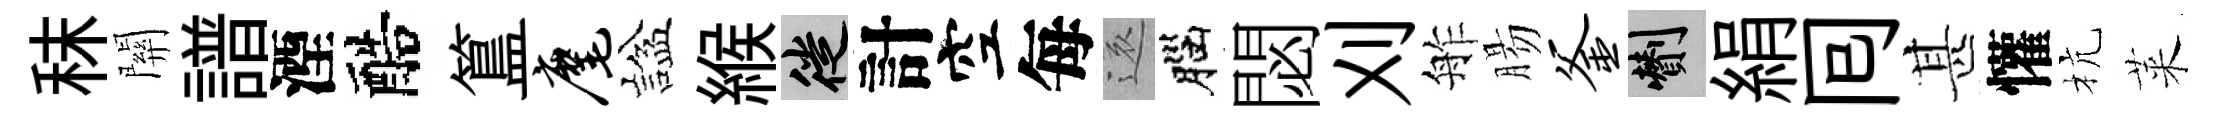
秣關譜湮醅簋麾諡緱徙計空每還腦閟刈舴腸釜剪絹囘甚懽杭萊